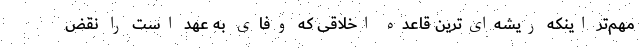
مهم‌تر اینکه ریشه‌‌ای‌ترین قاعده اخلاقی که وفای به عهد است را نقض